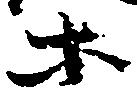
等